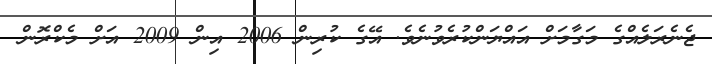
ޖެނެރަލެއްގެ މަގާމަށް އައްޔަންކުރެވުނެވެ. އޭގެ ކުރިން 2006 އިން 2009 އަށް މެކްރޮން